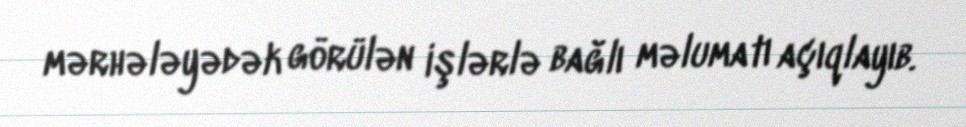
mərhələyədək görülən işlərlə bağlı məlumatı açıqlayıb.